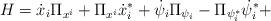
LaTeX: \begin{align*}H=\dot{x}_{i}\Pi _{x^{i}}+\Pi _{x^{i}}\dot{x}_{i}^{*}+\dot{\psi }_{i}\Pi_{\psi _{i}}-\Pi _{\psi _{i}^{*}}\dot{\psi }^{*}_{i}+\end{align*}